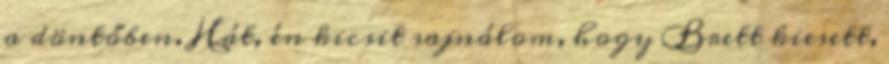
a döntőben. Hát, én kicsit sajnálom, hogy Brett kiesett,